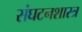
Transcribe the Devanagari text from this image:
संघटनशास्त्र